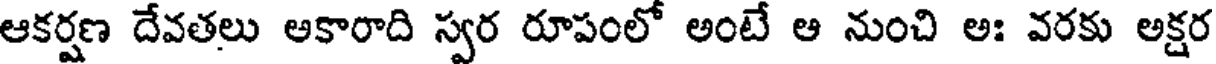
ఆకర్షణ దేవతలు అకారాది స్వర రూపంలో అంటే ఆ నుంచి అః వరకు అక్షర